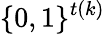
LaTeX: \{ 0,1\} ^{t(k)}